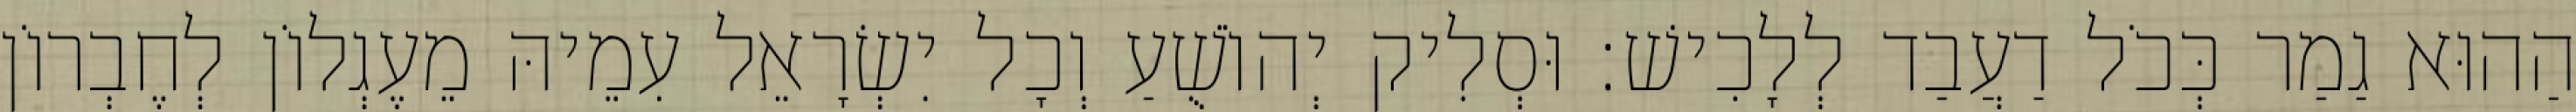
הַהוּא גַמַר כְּכֹל דַעֲבַד לְלָכִישׁ׃ וּסְלִיק יְהוֹשֻׁעַ וְכָל יִשְׂרָאֵל עִמֵיהּ מֵעֶגְלוֹן לְחֶבְרוֹן